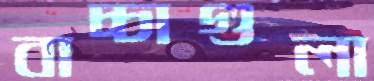
বাচ্চাগুলা